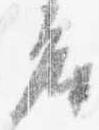
座